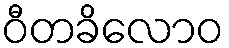
ဝီတခိလောဝ